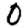
Digit: 0